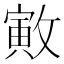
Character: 㪦